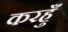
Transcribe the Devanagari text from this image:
करहुँ